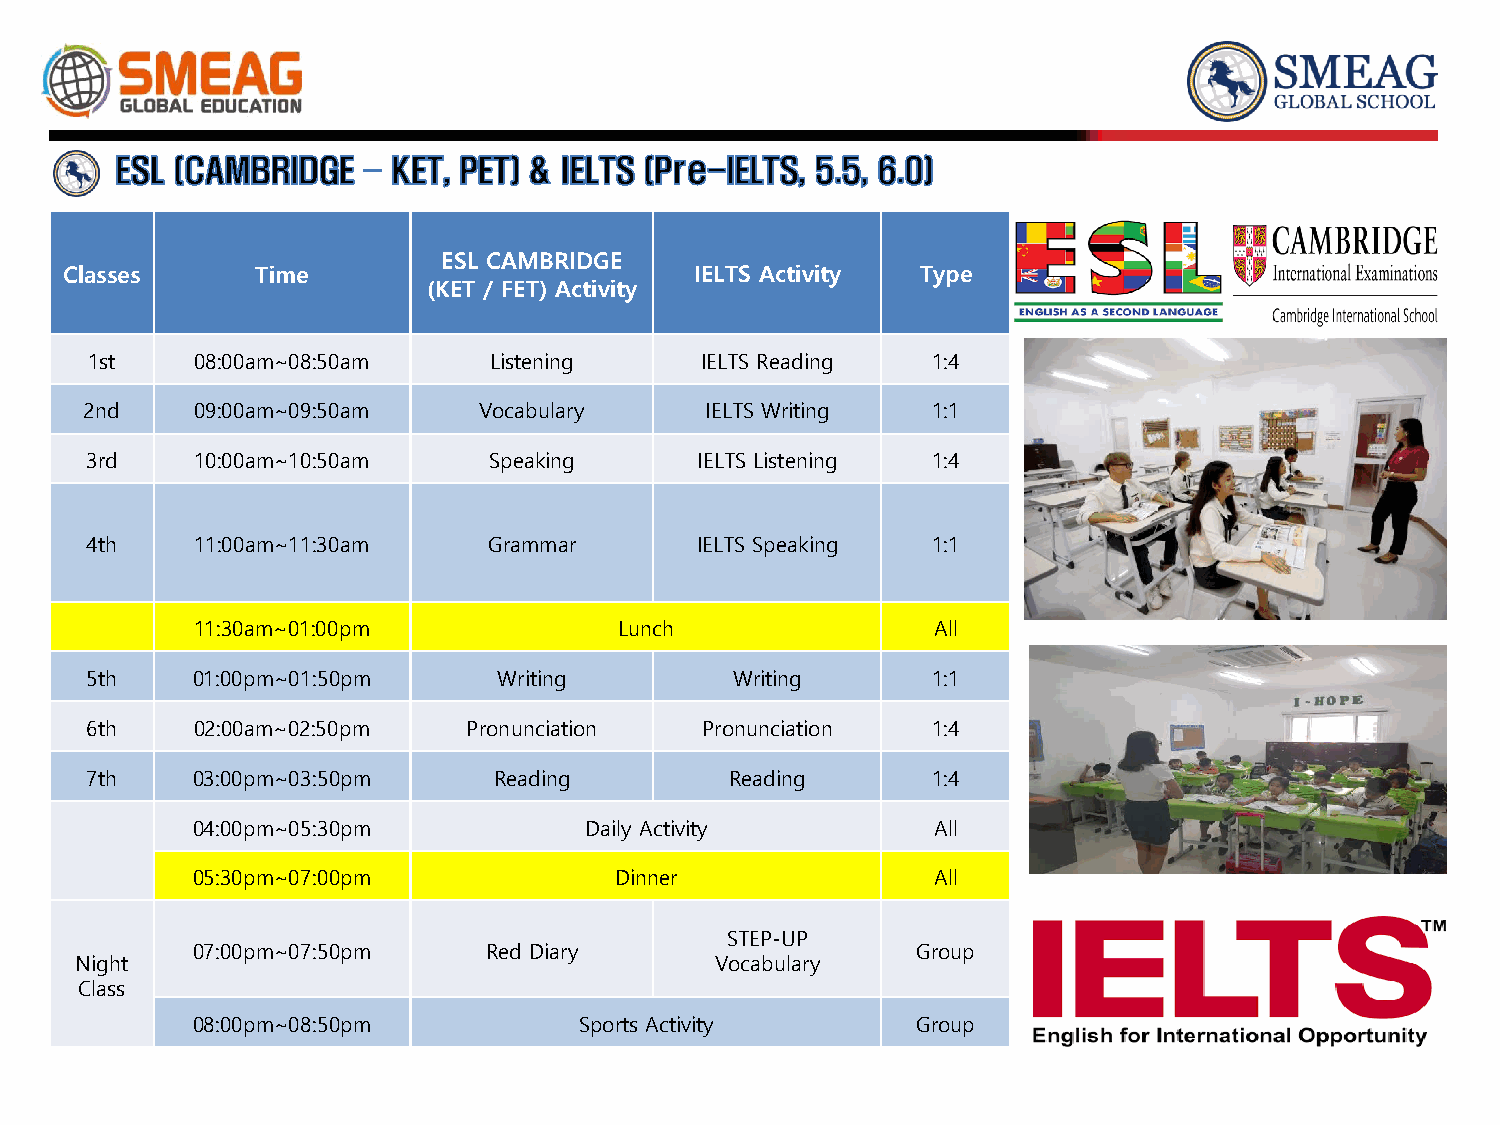
ESL CAMBRIDGE
 Classes      Time                         IELTS Activity Type
 (KET / FET) Activity
 1st    08:00am~08:50am    Listening     IELTS Reading   1:4
 2nd    09:00am~09:50am    Vocabulary     IELTS Writing  1:1
 3rd    10:00am~10:50am    Speaking      IELTS Listening 1:4
 4th    11:00am~11:30am    Grammar       IELTS Speaking  1:1
 11:30am~01:00pm             Lunch                All
 5th    01:00pm~01:50pm     Writing         Writing      1:1
 6th    02:00am~02:50pm   Pronunciation  Pronunciation   1:4
 7th    03:00pm~03:50pm     Reading        Reading       1:4
 04:00pm~05:30pm           Daily Activity         All
 05:30pm~07:00pm             Dinner               All
 STEP-UP
 07:00pm~07:50pm    Red Diary                    Group
 Night                                     Vocabulary
 Class
 08:00pm~08:50pm          Sports Activity        Group